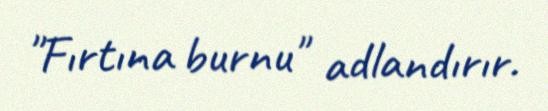
"Fırtına burnu" adlandırır.